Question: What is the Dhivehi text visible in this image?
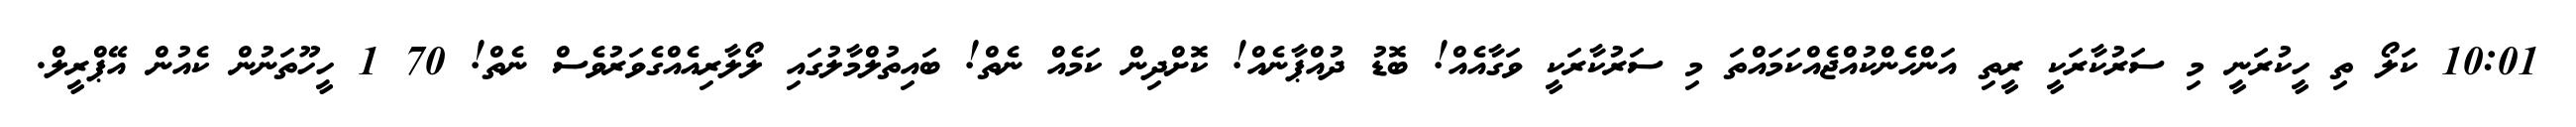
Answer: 10:01 ކަލޯ ތި ހީކުރަނީ މި ސަރުކާރަކީ ރީތި އަންހެންކުއްޖެއްކަމައްތަ މި ސަރުކާރަކީ ވަގާއެއް! ބޮޑު ދުއްޕާނެއް! ކޮށްދިން ކަމެއް ނެތް! ބައިތުލްމާލުގައި ލޯލާރިއެއްގެވަރުވެސް ނެތް! 70 1 ހީހޫތަނުން ކެއުން އޭޕްރީލް.